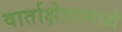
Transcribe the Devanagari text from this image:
वार्ताक्षेत्रामध्ये